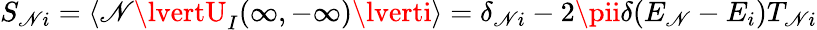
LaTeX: S_{\mathscr{N}i}=\langle\mathscr{N}\lvertU_{I}(\infty,-\infty)\lverti\rangle=\delta_{\mathscr{N}i}-2\pii\delta(E_{\mathscr{N}}-E_{i})T_{\mathscr{N}i}